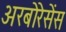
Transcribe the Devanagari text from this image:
अरबोरेसेंस